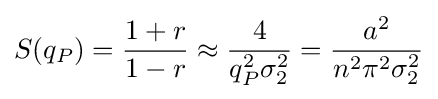
S(q_{P})={\frac {1+r}{1-r}}\approx {\frac {4}{q_{P}^{2}\sigma _{2}^{2}}}={\frac {a^{2}}{n^{2}\pi ^{2}\sigma _{2}^{2}}}